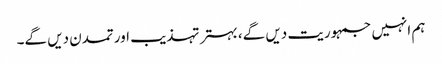
ہم انہیں جمہوریت دیں گے، بہتر تہذیب اور تمدن دیں گے۔